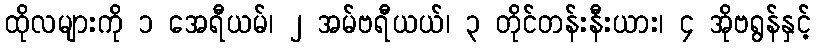
ထိုလများကို ၁ အေရီယမ်၊ ၂ အမ်ဗရီယယ်၊ ၃ တိုင်တန်းနီးယား၊ ၄ အိုဗရွန်နှင့်